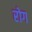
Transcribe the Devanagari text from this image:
रोग